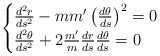
\begin{align*}\begin{cases} \frac{d^2r}{ds^2}-mm'\left(\frac{d\theta}{ds}\right)^2=0\\ \frac{d^2\theta}{ds^2}+2\frac{m'}{m}\frac{dr}{ds}\frac{d\theta}{ds}=0\end{cases}\end{align*}